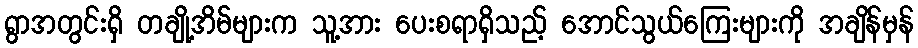
ရွာအတွင်းရှိ တချို့အိမ်များက သူ့အား ပေးစရာရှိသည့် အောင်သွယ်ကြေးများကို အချိန်မှန်